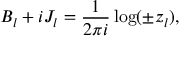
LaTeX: B _ { l } + i J _ { l } = \frac 1 { 2 \pi i } \log ( \pm z _ { l } ) ,